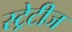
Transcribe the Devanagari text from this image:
स्ट्रेटीज